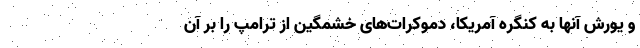
و یورش آنها به کنگره آمریکا، دموکرات‌های خشمگین از ترامپ را بر آن